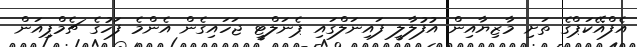
އެފްއޭކަޕްގެ ތަށި މާޒިޔާއިން އުފުލާލީ ފައިނަލްގައި ޕެނަލްޓީ ޖަހައިގެން އެންމެ ފަހުގެ ޗެމްޕިއަން